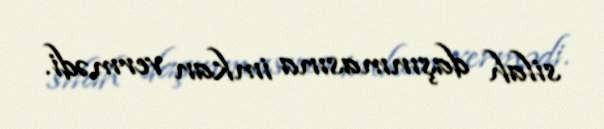
silah daşınmasına imkan vermədi.